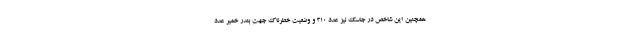
همچنین این شاخص در جاسک نیز عدد ۳۱۰ و وضعیت خطرناک جهت بندر خمیر عدد